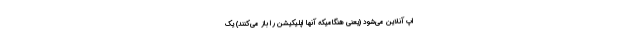
اپ آنلاین می‌شود (یعنی هنگامیکه آنها اپلیکیشن را باز می‌کنند) یک